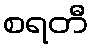
စရတီ